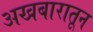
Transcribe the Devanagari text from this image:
अखबारातून